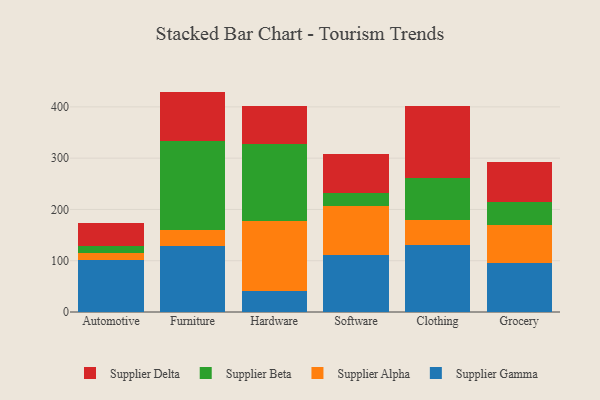
{"axis": {"x": "Category", "y": "Active Users"}, "legend": ["Supplier Alpha", "Supplier Beta", "Supplier Delta", "Supplier Gamma"], "data": [{"x": "Automotive", "y": 101.1, "type": "Supplier Gamma"}, {"x": "Automotive", "y": 14.0, "type": "Supplier Alpha"}, {"x": "Automotive", "y": 14.1, "type": "Supplier Beta"}, {"x": "Automotive", "y": 45.2, "type": "Supplier Delta"}, {"x": "Furniture", "y": 127.8, "type": "Supplier Gamma"}, {"x": "Furniture", "y": 31.2, "type": "Supplier Alpha"}, {"x": "Furniture", "y": 175.3, "type": "Supplier Beta"}, {"x": "Furniture", "y": 95.5, "type": "Supplier Delta"}, {"x": "Hardware", "y": 40.7, "type": "Supplier Gamma"}, {"x": "Hardware", "y": 136.9, "type": "Supplier Alpha"}, {"x": "Hardware", "y": 149.5, "type": "Supplier Beta"}, {"x": "Hardware", "y": 75.4, "type": "Supplier Delta"}, {"x": "Software", "y": 111.7, "type": "Supplier Gamma"}, {"x": "Software", "y": 94.7, "type": "Supplier Alpha"}, {"x": "Software", "y": 26.5, "type": "Supplier Beta"}, {"x": "Software", "y": 75.2, "type": "Supplier Delta"}, {"x": "Clothing", "y": 130.5, "type": "Supplier Gamma"}, {"x": "Clothing", "y": 48.8, "type": "Supplier Alpha"}, {"x": "Clothing", "y": 81.4, "type": "Supplier Beta"}, {"x": "Clothing", "y": 141.4, "type": "Supplier Delta"}, {"x": "Grocery", "y": 95.2, "type": "Supplier Gamma"}, {"x": "Grocery", "y": 74.0, "type": "Supplier Alpha"}, {"x": "Grocery", "y": 44.8, "type": "Supplier Beta"}, {"x": "Grocery", "y": 78.6, "type": "Supplier Delta"}]}